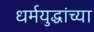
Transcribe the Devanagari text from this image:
धर्मयुद्धांच्या